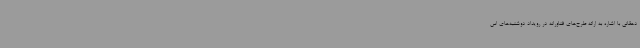
دهقانی با اشاره به ارائه طرح‌های فناورانه در رویداد دوشنبه‌های اس